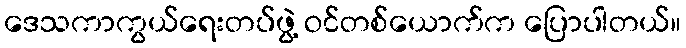
ဒေသကာကွယ်ရေးတပ်ဖွဲ့ ဝင်တစ်ယောက်က ပြောပါတယ်။